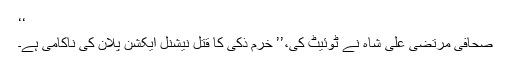
‘‘
صحافی مرتضیٰ علی شاہ نے ٹوئيٹ کی،’’ خرم ذکی کا قتل نیشنل ایکشن پلان کی ناکامی ہے۔